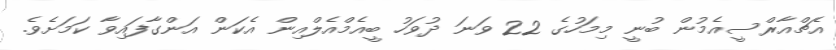
އެޗްއާރްސީއެމުން ބުނީ މިމަހުގެ 22 ވަނަ ދުވަހު ބީއެމްއެލްއިން އެކަން އަންގާފައިވާ ކަަމަށެވެ.